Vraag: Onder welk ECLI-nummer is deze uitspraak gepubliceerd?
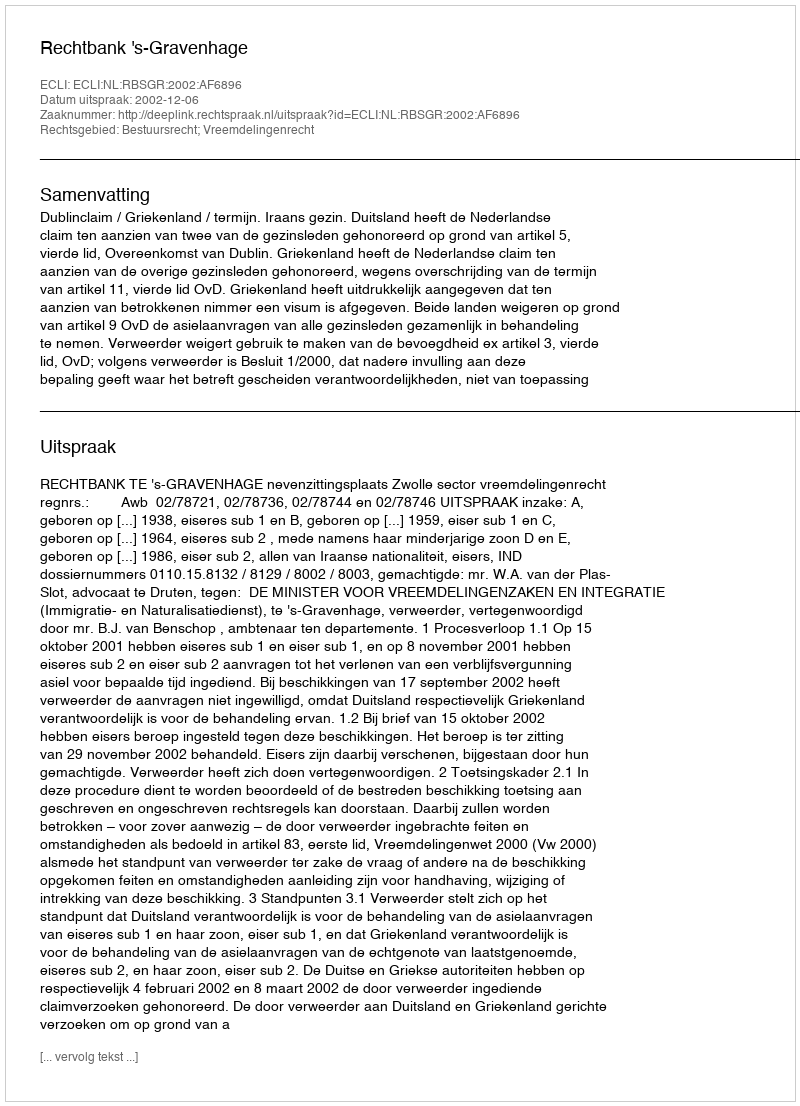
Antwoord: ECLI:NL:RBSGR:2002:AF6896